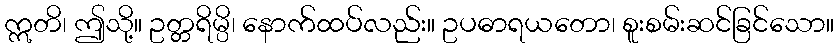
ဣတိ၊ ဤသို့။ ဥတ္တရိမ္ပိ၊ နောက်ထပ်လည်း။ ဥပဓာရယတော၊ စူးစမ်းဆင်ခြင်သော။